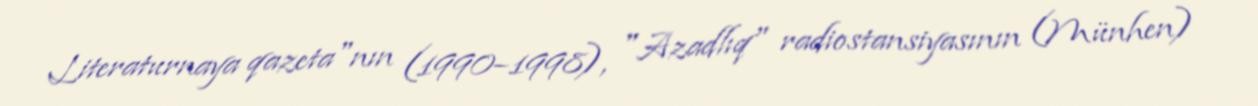
Literaturnaya qazeta"nın (1990–1998), "Azadlıq" radiostansiyasının (Münhen)